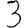
Digit: 3